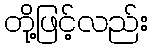
တို့ဖြင့်လည်း